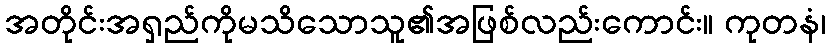
အတိုင်းအရှည်ကိုမသိသောသူ၏အဖြစ်လည်းကောင်း။ ကုတနံ၊